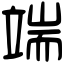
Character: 端